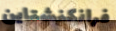
فرانكنشتاين